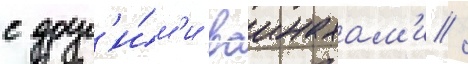
с друг'и́м'и ваинахам'и /